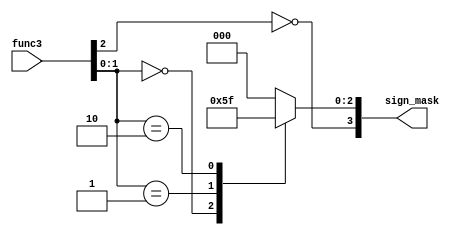
module sign_mask_gen(func3, sign_mask);
	input [2:0]	func3;
	output [3:0]	sign_mask;

	reg [2:0]	mask;

	/*
	 *	sign - for LBU and LHU the sign bit is 0, indicating read data should be zero extended, otherwise sign extended
	 *	mask - for determining if the load/store operation is on word, halfword or byte
	 *
	 *	TODO - a Karnaugh map should be able to describe the mask without case, the case is for reading convenience
	*/

	always @(*) begin
		case(func3[1:0])
			2'b00: mask = 3'b001;	// byte only
			2'b01: mask = 3'b011;	// halfword
			2'b10: mask = 3'b111;	// word
			default: mask = 3'b000;	// should not happen for loads/stores
		endcase
	end

	assign sign_mask = {(~func3[2]), mask};
endmodule